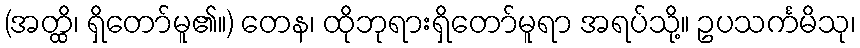
(အတ္ထိ၊ ရှိတော်မူ၏။) တေန၊ ထိုဘုရားရှိတော်မူရာ အရပ်သို့။ ဥပသင်္ကမိသု၊